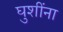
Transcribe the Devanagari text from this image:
घुशींना